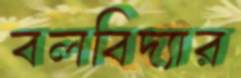
বলবিদ্যার